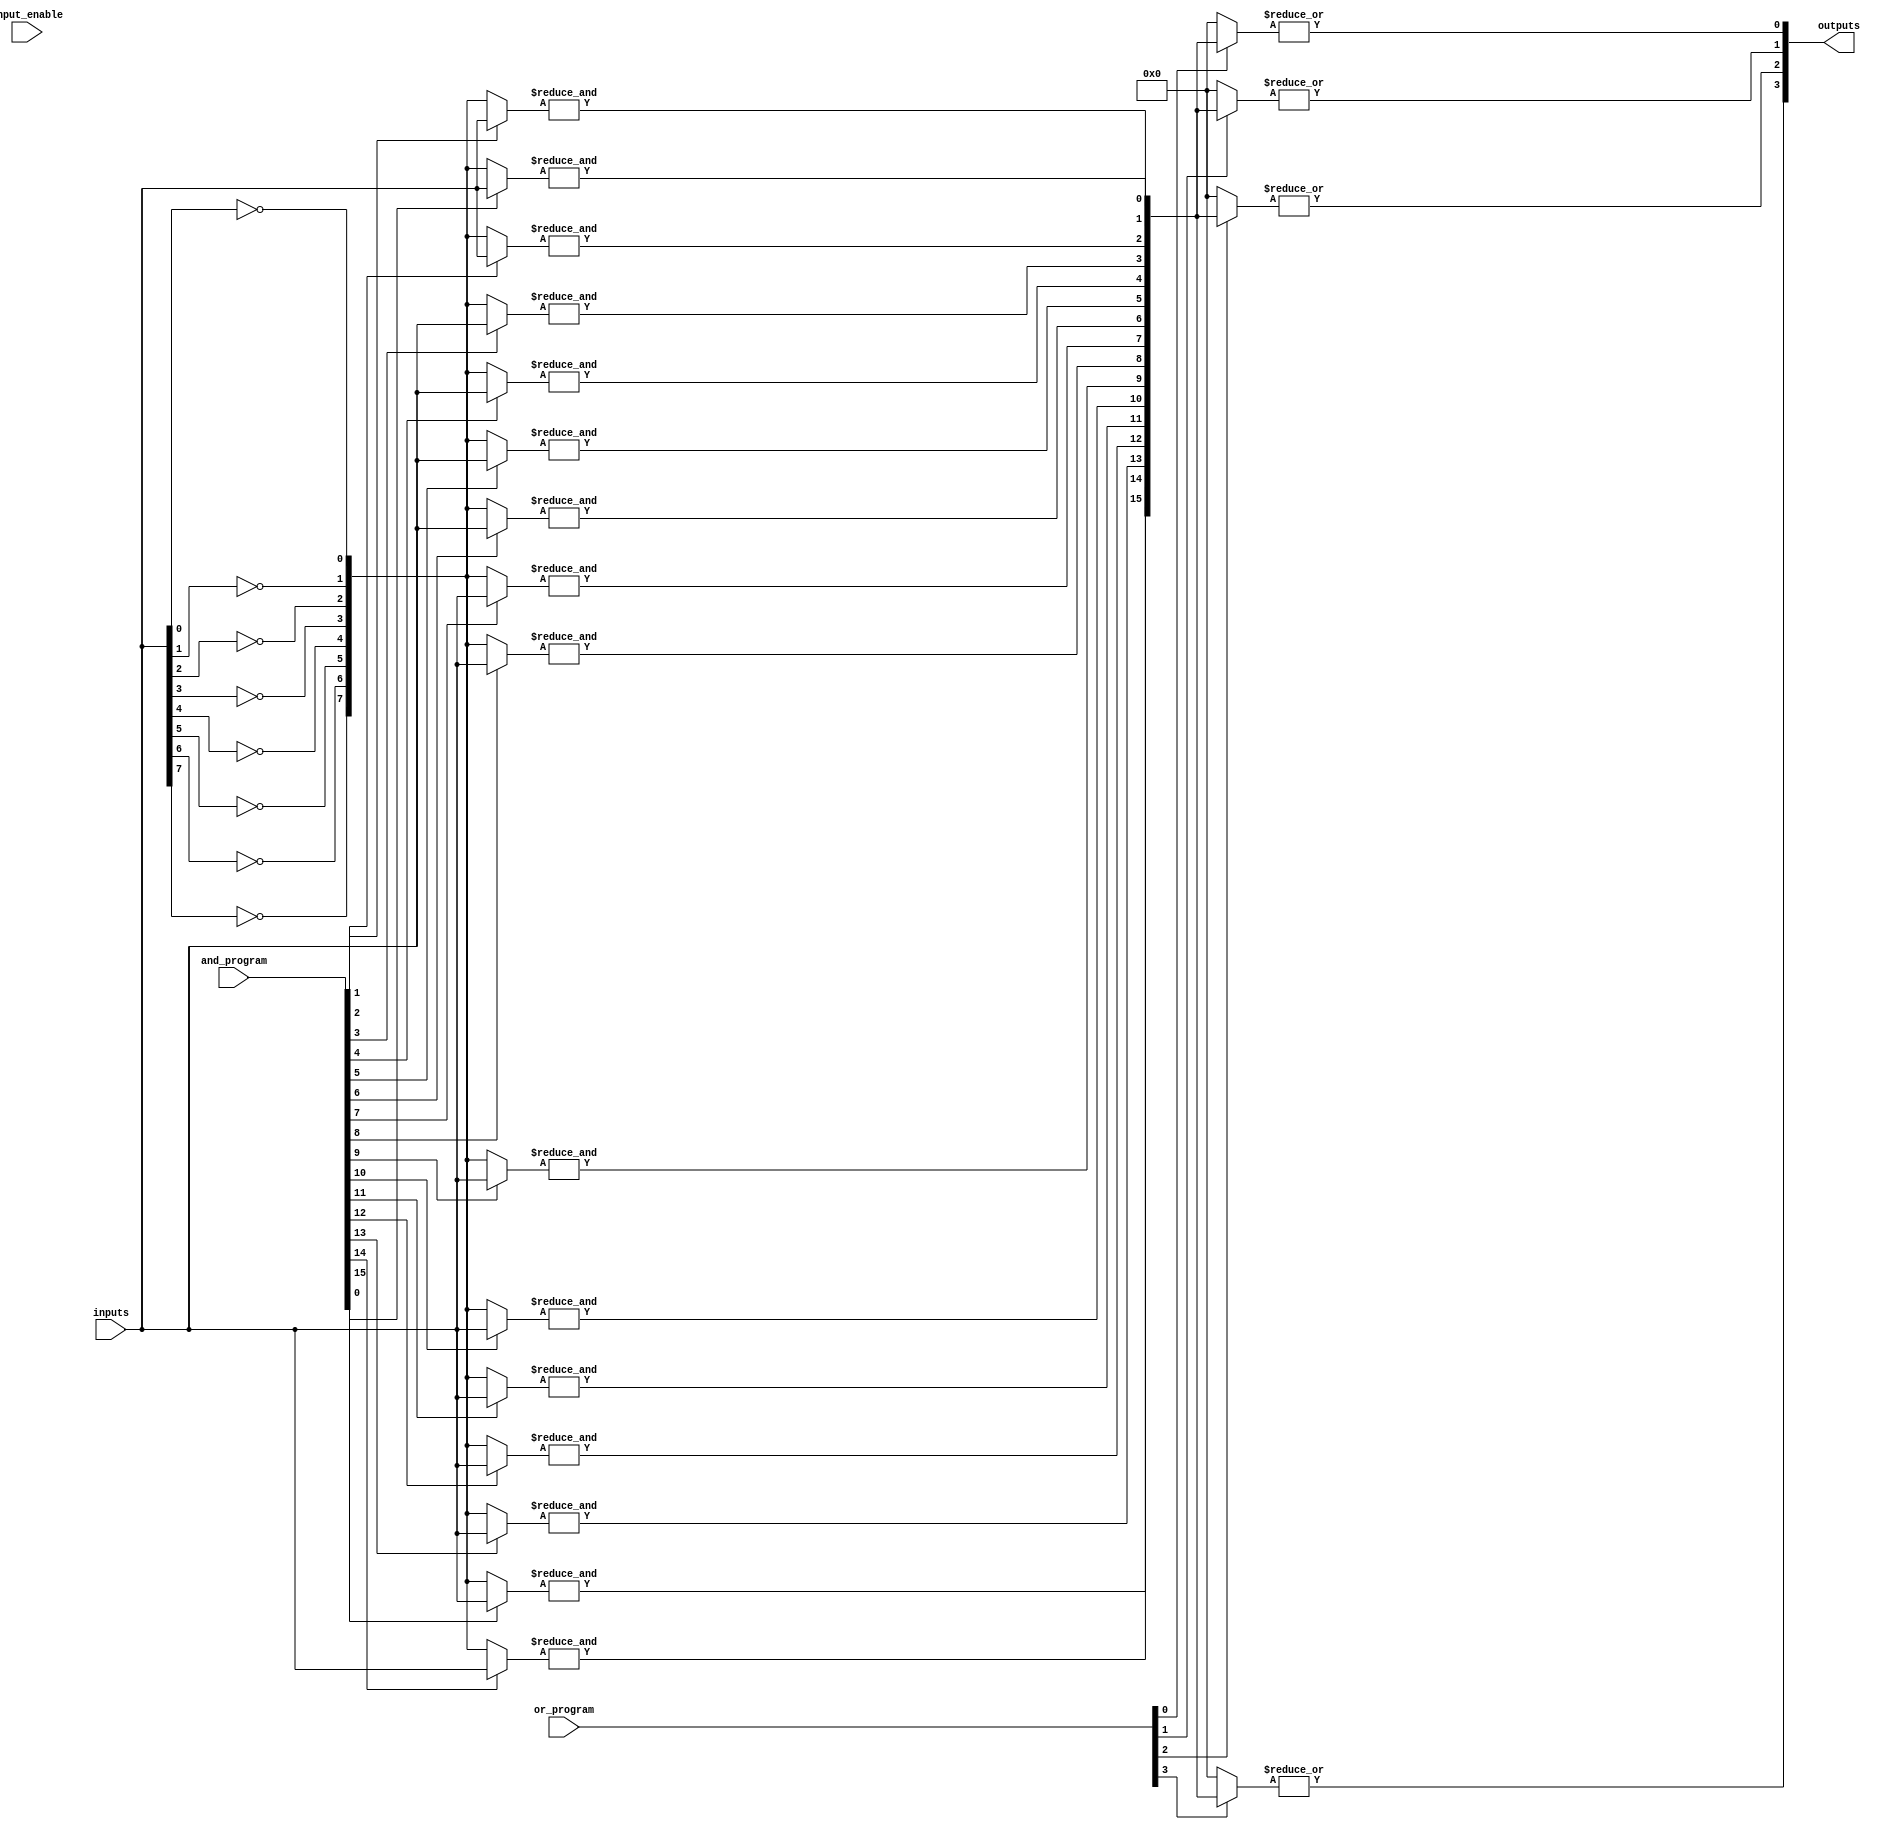
module GPAL #(
    parameter NUM_INPUTS = 8,     // Number of inputs
    parameter NUM_AND_GATES = 16,  // Number of AND gates
    parameter NUM_OR_GATES = 4     // Number of OR gates
)(
    input  wire [NUM_INPUTS-1:0] inputs,        // Input signals
    input  wire [NUM_INPUTS-1:0] input_enable,  // Enable for each input (1: use input, 0: use NOT)
    input  wire [NUM_AND_GATES-1:0] and_program, // Programming for AND gates
    input  wire [NUM_OR_GATES-1:0] or_program,   // Programming for OR gates
    output wire [NUM_OR_GATES-1:0] outputs        // Output signals
);

    // Internal signals for AND plane
    wire [NUM_AND_GATES-1:0] and_outputs;

    // Input stage: generate inverted inputs based on input_enable
    wire [NUM_INPUTS-1:0] inverted_inputs;
    genvar i;
    generate
        for (i = 0; i < NUM_INPUTS; i = i + 1) begin: input_inversion
            assign inverted_inputs[i] = ~inputs[i];
        end
    endgenerate

    // AND plane: programmable AND gates
    genvar j;
    generate
        for (j = 0; j < NUM_AND_GATES; j = j + 1) begin: and_gate
            wire [NUM_INPUTS-1:0] selected_inputs;
            assign selected_inputs = and_program[j] ? inputs : inverted_inputs;

            // Each AND gate will output a product term
            assign and_outputs[j] = &selected_inputs; // AND all inputs for this gate
        end
    endgenerate

    // OR plane: programmable OR gates
    genvar k;
    generate
        for (k = 0; k < NUM_OR_GATES; k = k + 1) begin: or_gate
            wire [NUM_AND_GATES-1:0] selected_and_outputs;
            assign selected_and_outputs = or_program[k] ? and_outputs : {NUM_AND_GATES{1'b0}}; // Select AND gate outputs based on programming

            // Each OR gate will sum the selected AND gate outputs
            assign outputs[k] = |selected_and_outputs; // OR all selected AND outputs
        end
    endgenerate

endmodule